Scottish Leaving Certificate Examination, 1953
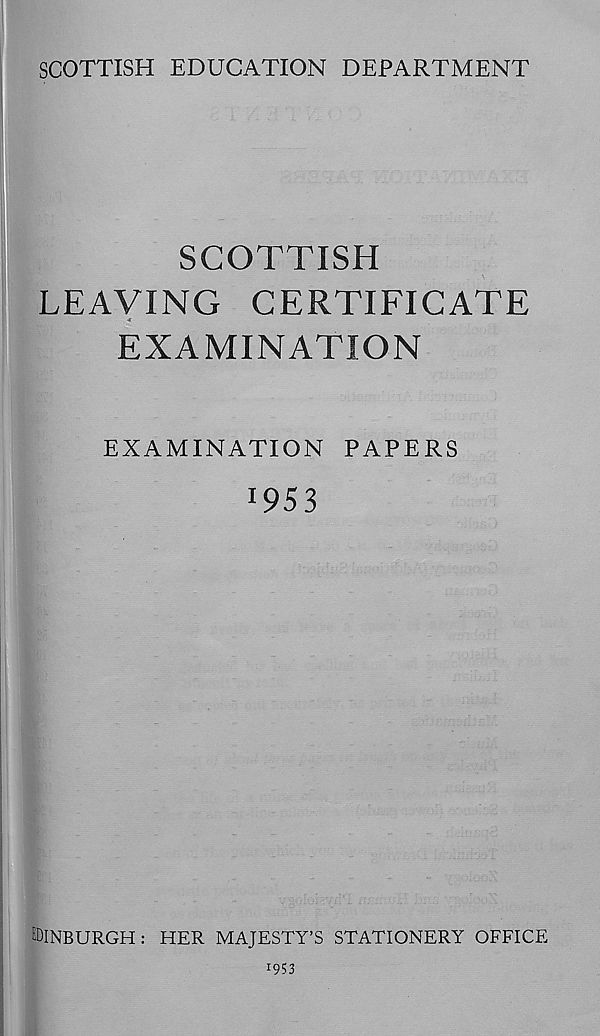
SCOTTISH EDUCATION DEPARTMENT
SCOTTISH
LEAVING CERTIFICATE
EXAMINATION
EXAMINATION PAPERS
EDINBURGH : HER MAJESTY’S STATIONERY OFFICE
1953